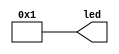
//------------------------------------------------------------------
//-- Turn on one LED
//------------------------------------------------------------------
module led_on(
  output [7:0] led   //-- LEDs
);
 
  //-- LED0 on
  assign led[0] = 1'b1;

  //-- The other LEDs are off
  assign led[7:1] = 6'b0;
  
endmodule